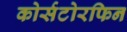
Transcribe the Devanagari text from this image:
कोर्सटोरफिन